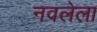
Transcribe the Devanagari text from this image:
नवलेला